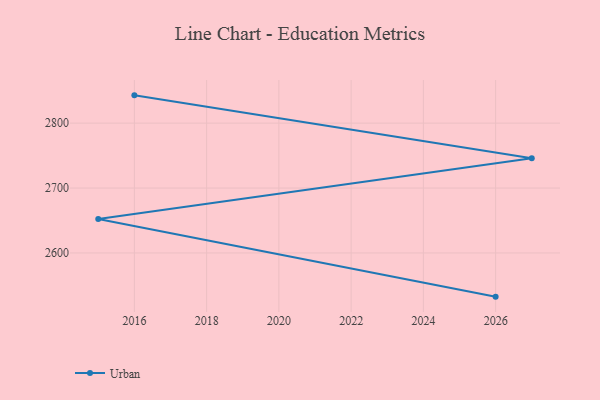
{"axis": {"x": "Year", "y": "Population (Million)"}, "legend": ["Urban"], "data": [{"x": "2026", "y": 2532.7, "type": "Urban"}, {"x": "2015", "y": 2652.4, "type": "Urban"}, {"x": "2027", "y": 2746.0, "type": "Urban"}, {"x": "2016", "y": 2842.8, "type": "Urban"}]}